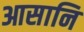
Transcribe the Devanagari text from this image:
आसानि